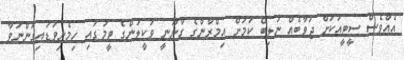
އެއްވެސް ސީޓީއަކަށް ޖަވާބެއް ނުލިބޭ ކަމަށް އިމްރާންގެ ގާނޫނީ ވަކީލުންގެ ޓީމުގައި ހިމެނިވަޑައިގަންނަވާ